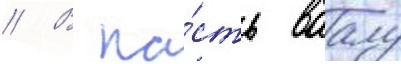
// В па́сть ваалу